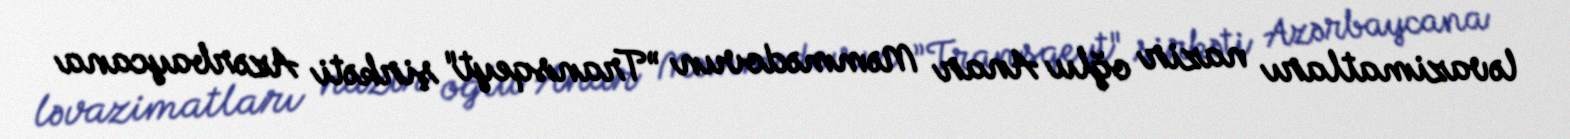
ləvazimatları nazir oğlu Anar Məmmədovun ”Transqeyt" şirkəti Azərbaycana